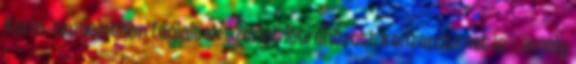
Korm. rendeletben foglaltak szerint létrehozott konzorciumot is -, amely